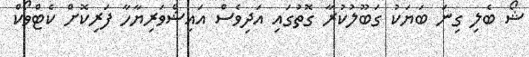
ޝޯ ބެލި ގިނަ ބަޔަކު ގަބޫލުކުރާ ގޮތުގައި އަދިވެސް އައިޝްވަރިޔާހާ ފަރިކޮށް ކެޓްވޯކް